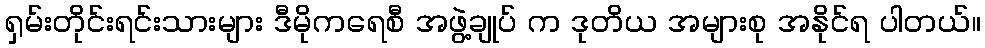
ရှမ်းတိုင်းရင်းသားများ ဒီမိုကရေစီ အဖွဲ့ချုပ် က ဒုတိယ အများစု အနိုင်ရ ပါတယ်။